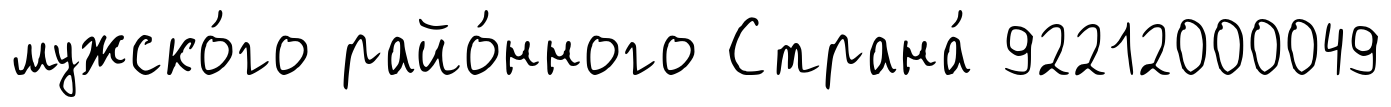
мужско́го райо́нного Страна́ 92212000049